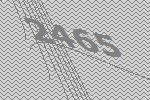
2465